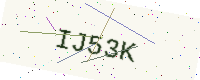
Text: IJ53K